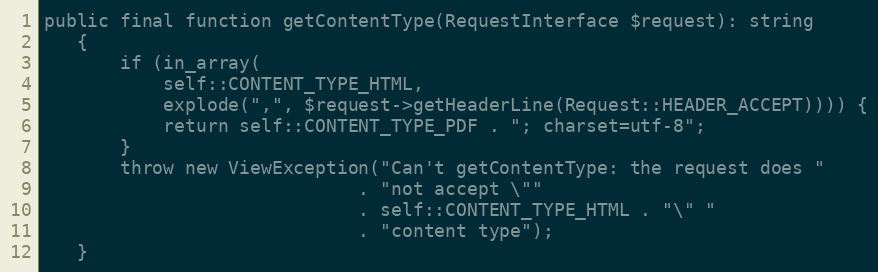
Language: PHP
public final function getContentType(RequestInterface $request): string
   {
       if (in_array(
           self::CONTENT_TYPE_HTML,
           explode(",", $request->getHeaderLine(Request::HEADER_ACCEPT)))) {
           return self::CONTENT_TYPE_PDF . "; charset=utf-8";
       }
       throw new ViewException("Can't getContentType: the request does "
                             . "not accept \""
                             . self::CONTENT_TYPE_HTML . "\" "
                             . "content type");
   }